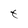
Character: t